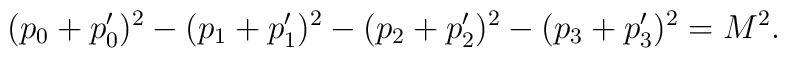
(p_0+p_0')^2-(p_1+p_1')^2-(p_2+p_2')^2-(p_3+p_3')^2 = M^2.